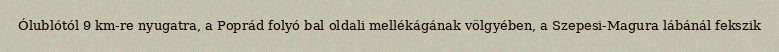
Ólublótól 9 km-re nyugatra, a Poprád folyó bal oldali mellékágának völgyében, a Szepesi-Magura lábánál fekszik